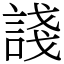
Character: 諓